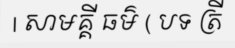
| សាមគ្គី ធម៌ ( បទ ត្រី